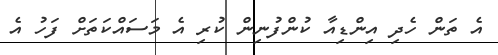
އެ ތަން ހެދި އިންޑިއާ ކުންފުނިން ކުރި އެ މަސައްކަތަށް ފަހު އެ